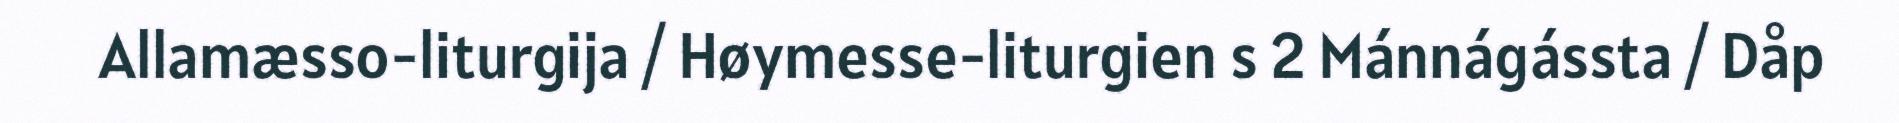
Allamæsso-liturgija / Høymesse-liturgien s 2 Mánnágássta / Dåp